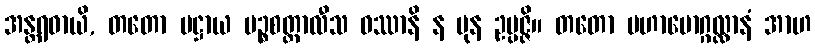
အန္တရဓာယိ, တတော ပဋ္ဌာယ ပဉ္စစတ္တာလီသ ဝဿာနိ န ပုန ဥပ္ပဇ္ဇိ။ တတော မဟာမောဂ္ဂလ္လာနံ အာဟ